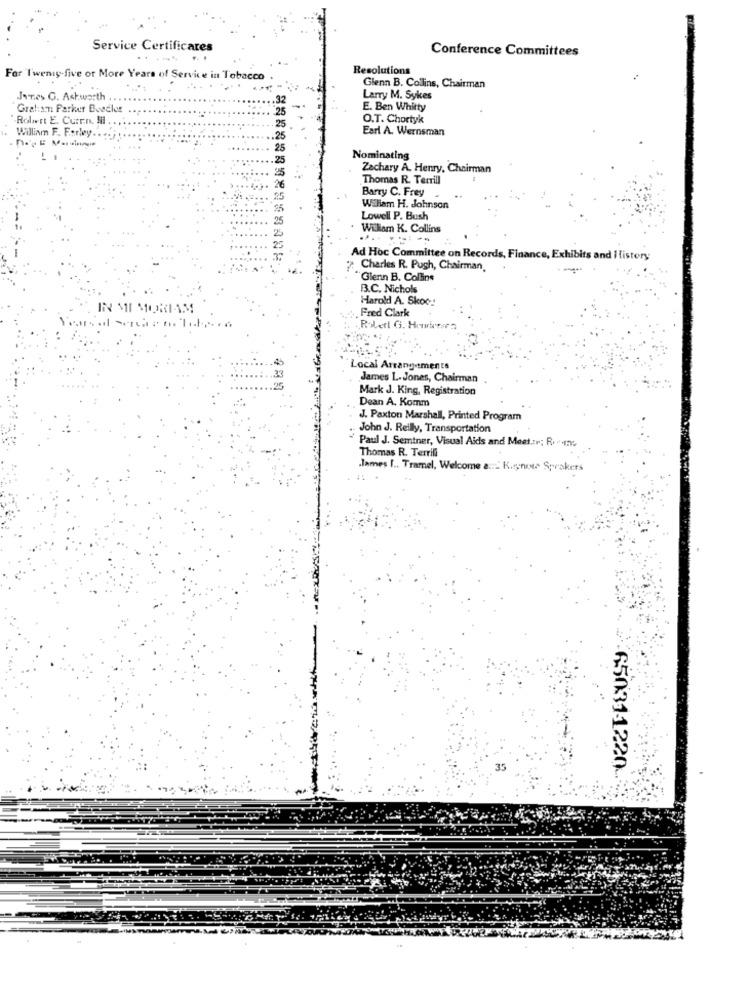
Service Certificares
Conference Committees
Resolutions
For Twenty-five or More Years of Service in Tobacco
Glenn B. Collins, Chairman
JATes G. Ashworth
.32
Larry M. Sykes
Gratisn: Parker Boscles . ..
E. Ben Whitty
"Robert E. Curran, Mil . ....
O.T. Chortyk
William F. Farley.
25
Earl A. Wernsman
.25
25
Nominating
Zachary A. Henry, Chairman
Thomas R. Terrill
Barry C. Frey
Wiliam H. Johnson
Lowell P. Bush
William K. Collins
..------
Ad Hoc Committee on Records, Finance, Exhibits and History
Charles R. Pugh, Chairman,
--
"Glenn B. Collins
B.C. Nichols
Harold A. Skoc ::
IN MEMORIAM
Fred Clark
Robert G. Howborse
Local Arrangements
James L. Jones, Chairman
Mark J. King, Registration
Dean A. Komm
J. Paxton Marshall, Printed Program
John J. Reilly, Transportation
Paul J. Seminer, Visual Aids and Meet .: r; R. . ..
Thomas R. Terrill
lames I .. Tramel, Welcome a ::. K.tynote Speakers
35
65031-1220